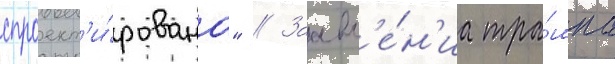
спроект'и́рована" // Заавл'е́н'иа тра́мпа